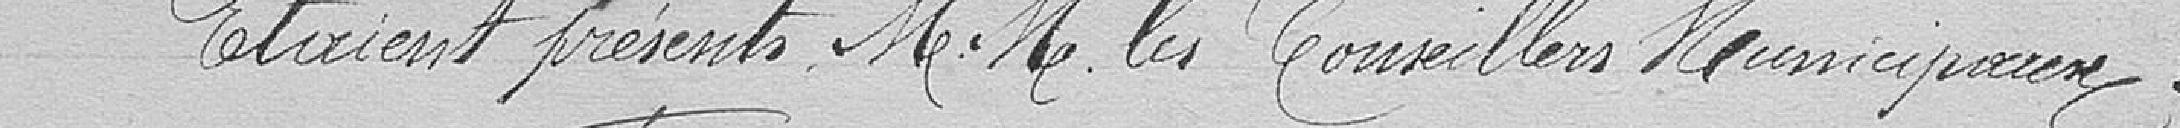
Étaient présents Messieurs les Conseilleurs Municipaux